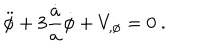
\ddot { \phi } + 3 { \frac { \dot { a } } { a } } \dot { \phi } + V _ { , \phi } = 0 \ .